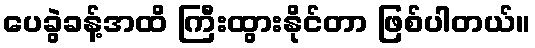
ပေခွဲခန့်အထိ ကြီးထွားနိုင်တာ ဖြစ်ပါတယ်။